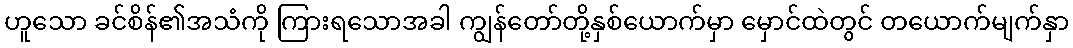
ဟူသော ခင်စိန်၏အသံကို ကြားရသောအခါ ကျွန်တော်တို့နှစ်ယောက်မှာ မှောင်ထဲတွင် တယောက်မျက်နှာ